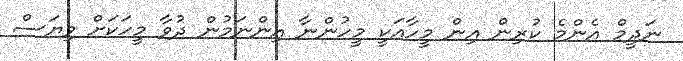
ނަދީމް އެންމެ ކުރިން އިން މީހާއަކީ މީހުންނާ އިންނަމުން ދުވާ މީހަކަށް ވިޔަސް